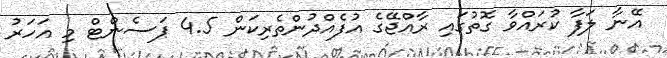
އޭނާ ލަފާ ކުރައްވާ ގޮތުގައި ރާއްޖޭގެ އުފެއްދުންތެރިކަން 4.5 ޕަސެންޓް މި އަހަރު